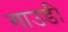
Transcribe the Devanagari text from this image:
गाउडी